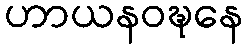
ဟာယနဝဍ္ဎနေ